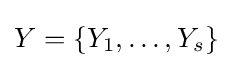
Y=\{Y_{1},\ldots ,Y_{s}\}